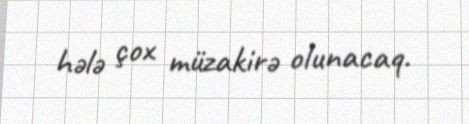
hələ çox müzakirə olunacaq.